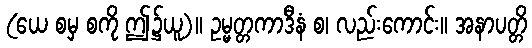
(ယေ စမှ စကို ဤ၌ယူ)။ ဥမ္မတ္တကာဒီနံ စ၊ လည်းကောင်း။ အနာပတ္တိ